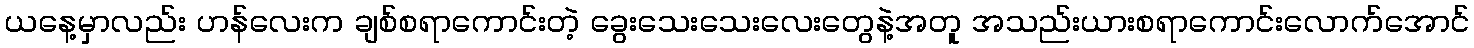
ယနေ့မှာလည်း ဟန်လေးက ချစ်စရာကောင်းတဲ့ ခွေးသေးသေးလေးတွေနဲ့အတူ အသည်းယားစရာကောင်းလောက်အောင်